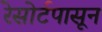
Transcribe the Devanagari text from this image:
रेसोर्टपासून